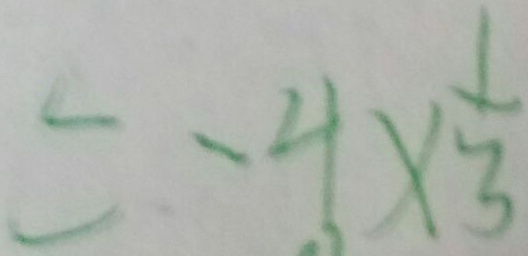
= - 4 \times \frac { 1 } { 3 }